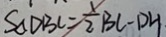
S _ { \Delta } D B C = \frac { 1 } { 2 } B C \cdot D H